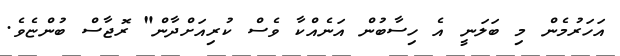
އަހަރުމެން މި ބަލަނީ އެ ހިސާބުން އަނެއްކާ ވެސް ކުރިއަށްދާން" ރޮޖާސް ބުންޏެވެ.